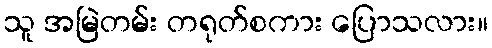
သူ အမြဲတမ်း တရုတ်စကား ပြောသလား။